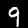
Label: 9